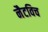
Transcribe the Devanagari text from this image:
नैटविच